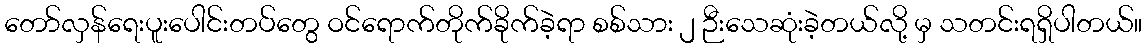
တော်လှန်ရေးပူးပေါင်းတပ်တွေ ဝင်ရောက်တိုက်ခိုက်ခဲ့ရာ စစ်သား ၂ ဉီးသေဆုံးခဲ့တယ်လို့ မှ သတင်းရရှိပါတယ်။